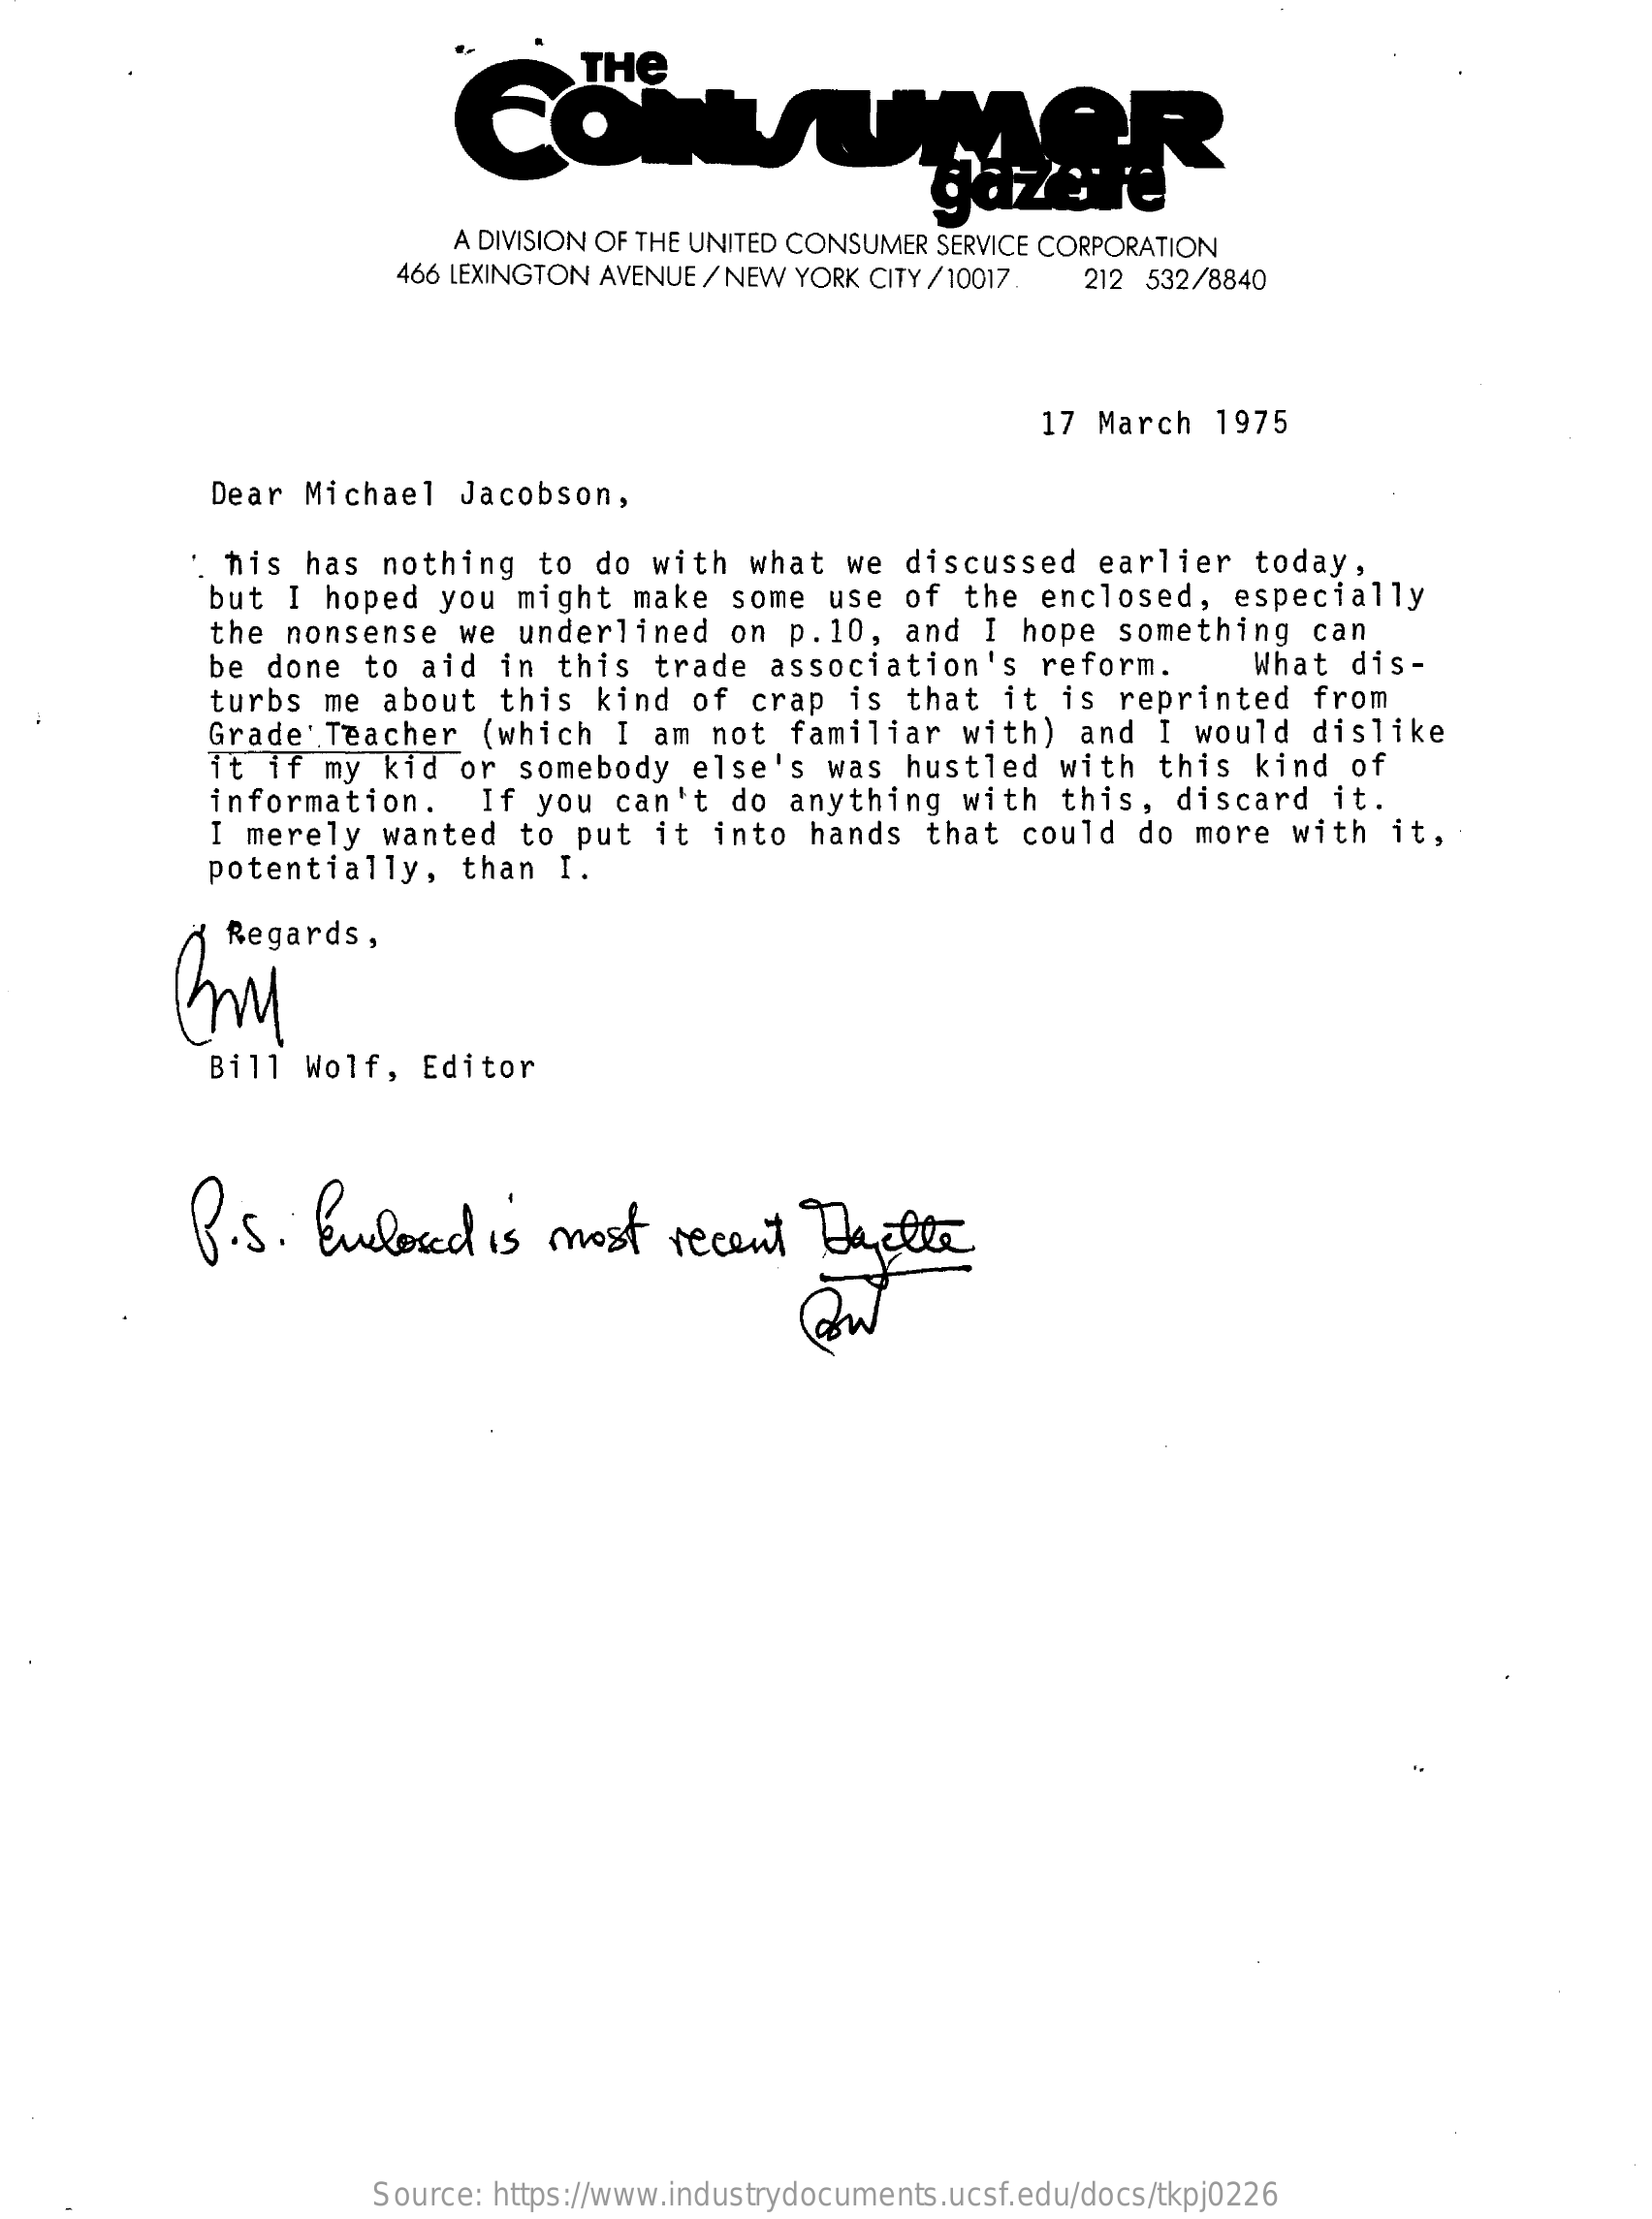
A DIVISION OF THE UNITED CONSUMER SERVICE CORPORATION
     466 LEXINGTON AVENUE / NEW YORK CITY / 10017 212 532/8840
     17 March   1975
     Dear  Michael   Jacobson,
     '. his has  nothing   to  do with   what  we  discussed    earlier   today,
     but  I hoped   you  might  make   some  use  of  the  enclosed,    especially
     the  nonsense   we  underlined    on p.10,   and  I  hope  something    can
     be done   to aid   in this   trade  association's    reform.    What  dis-
     turbs  me  about   this  kind  of  crap  is  that   it is  reprinted    from
     Grade  Teacher   (which   I  am not   familiar   with)   and  I would  dislike
     it if  my  kid  or  somebody   else's   was  hustled   with   this  kind  of
     information.    If  you  can't   do  anything   with  this,   discard   it.
     I merely   wanted   to put   it  into  hands  that   could  do  more  with   it,
     potentially,    than  I.
     Regards  ,
     Bill  Wolf,  Editor
     B.S.    Enclosed   is  most    recent   DaEtte
     Source: https://www.industrydocuments.ucsf.edu/docs/tkpj0226